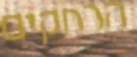
הרחקים